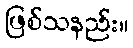
ဖြစ်သနည်း။